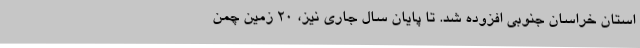
استان خراسان جنوبی افزوده شد. تا پایان سال جاری نیز، 20 زمین چمن